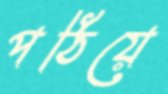
পঠিয়ে